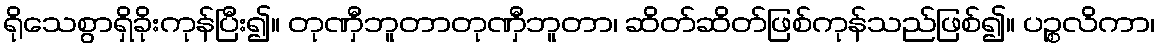
ရိုသေစွာရှိခိုးကုန်ပြီး၍။ တုဏှီဘူတာတုဏှီဘူတာ၊ ဆိတ်ဆိတ်ဖြစ်ကုန်သည်ဖြစ်၍။ ပဉ္စလိကာ၊